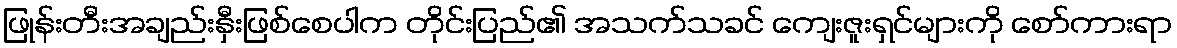
ဖြုန်းတီးအချည်းနှီးဖြစ်စေပါက တိုင်းပြည်၏ အသက်သခင် ကျေးဇူးရှင်များကို စော်ကားရာ